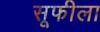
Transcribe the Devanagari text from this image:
सूफीला